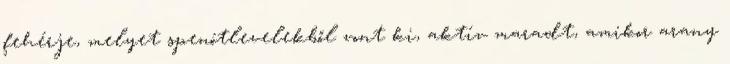
fehérje, melyet spenótlevelekből vont ki, aktív maradt, amikor arany